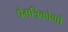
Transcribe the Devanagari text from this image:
प्रेमत्रिकोणों